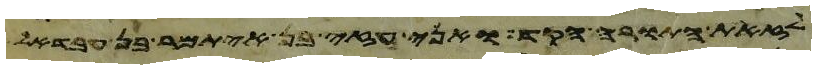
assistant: לא היו להם ויכהן אלעזר ואיתמר על